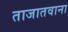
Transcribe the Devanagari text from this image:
ताजातवाना